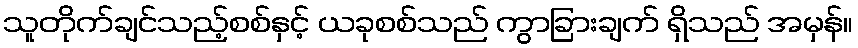
သူတိုက်ချင်သည့်စစ်နှင့် ယခုစစ်သည် ကွာခြားချက် ရှိသည် အမှန်။